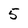
Character: 5